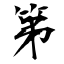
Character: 第